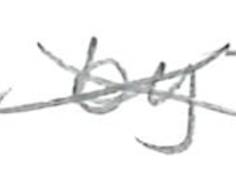
Text: by
Cross-out: cross
Writing tool: pencil